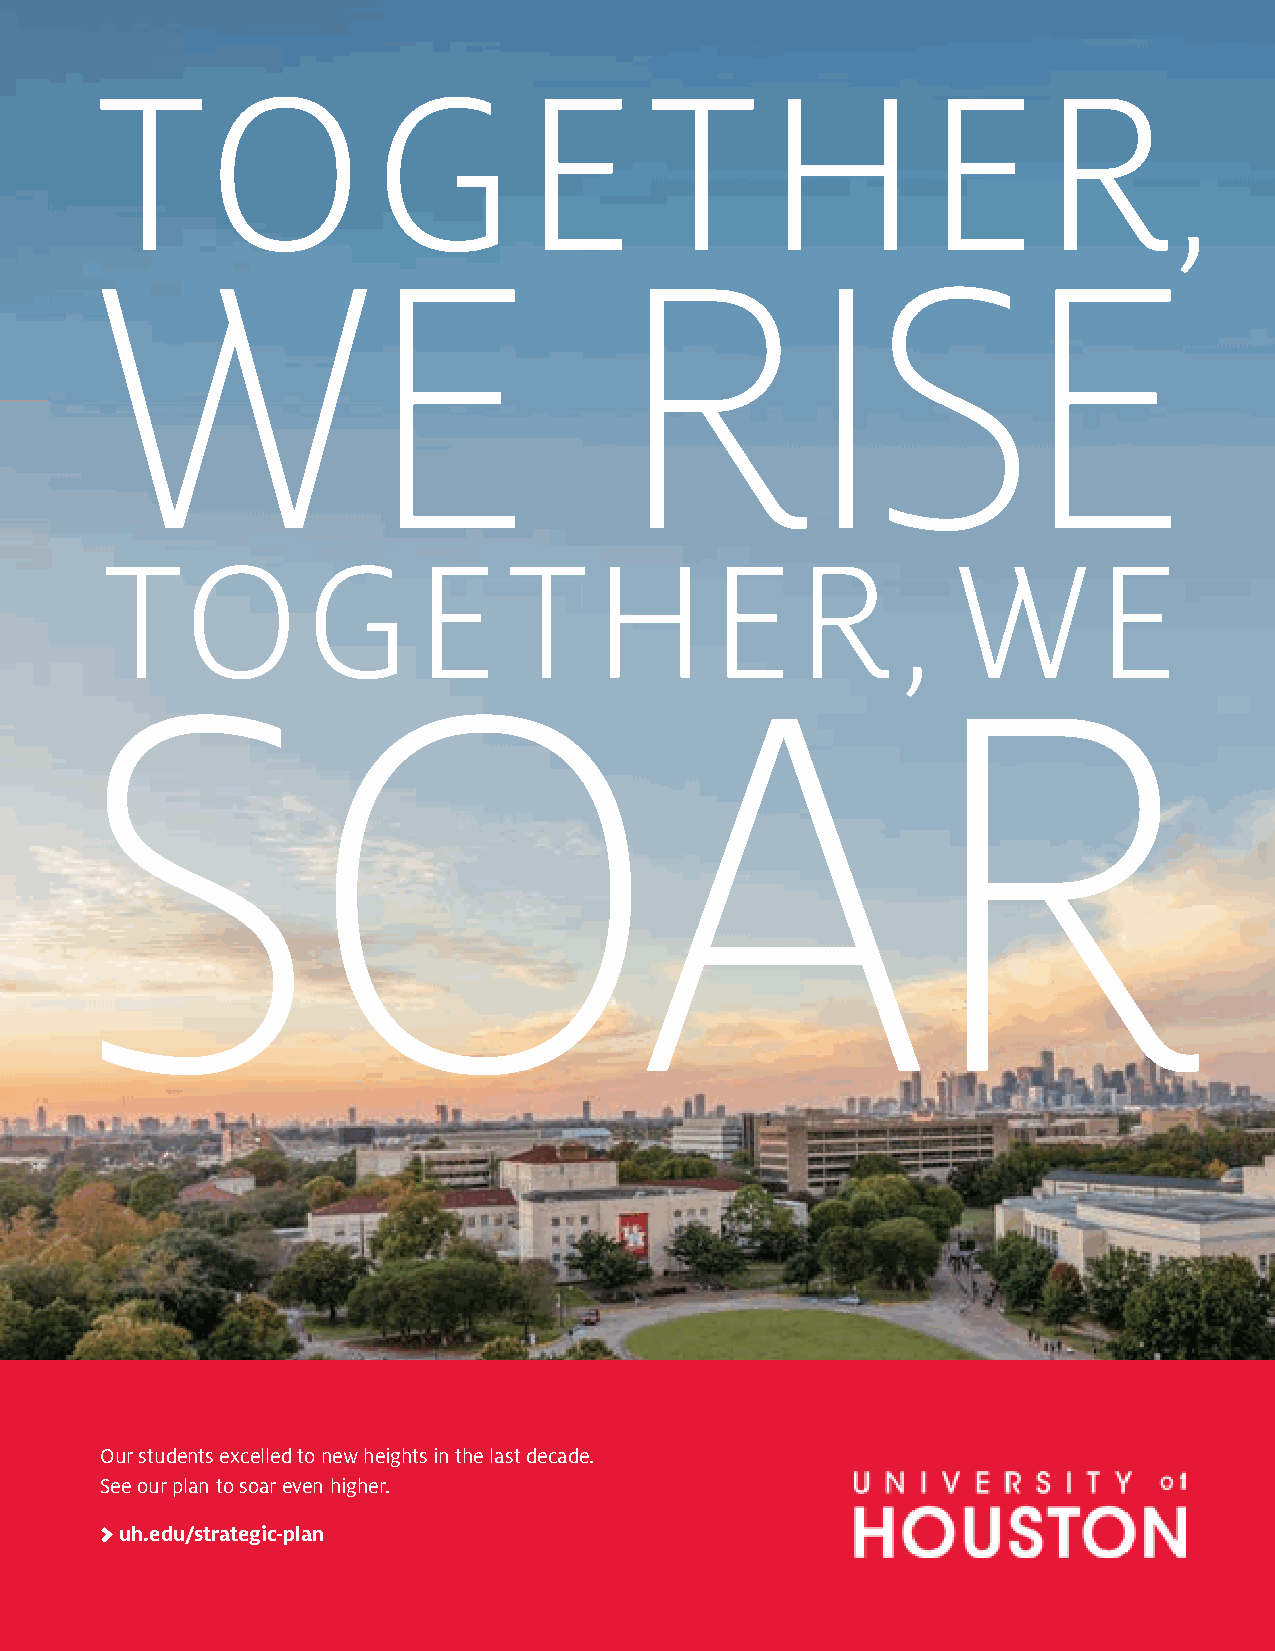
TO                GE                T       HER
 ,
 WE                                 RISE
 TOGE                       T    HER                     WE
 ,
 SOAR
 Our students excelled to new heights in the last decade.
 See our plan to soar even higher.
 > uh.edu/strategic-plan